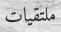
ملتقيات